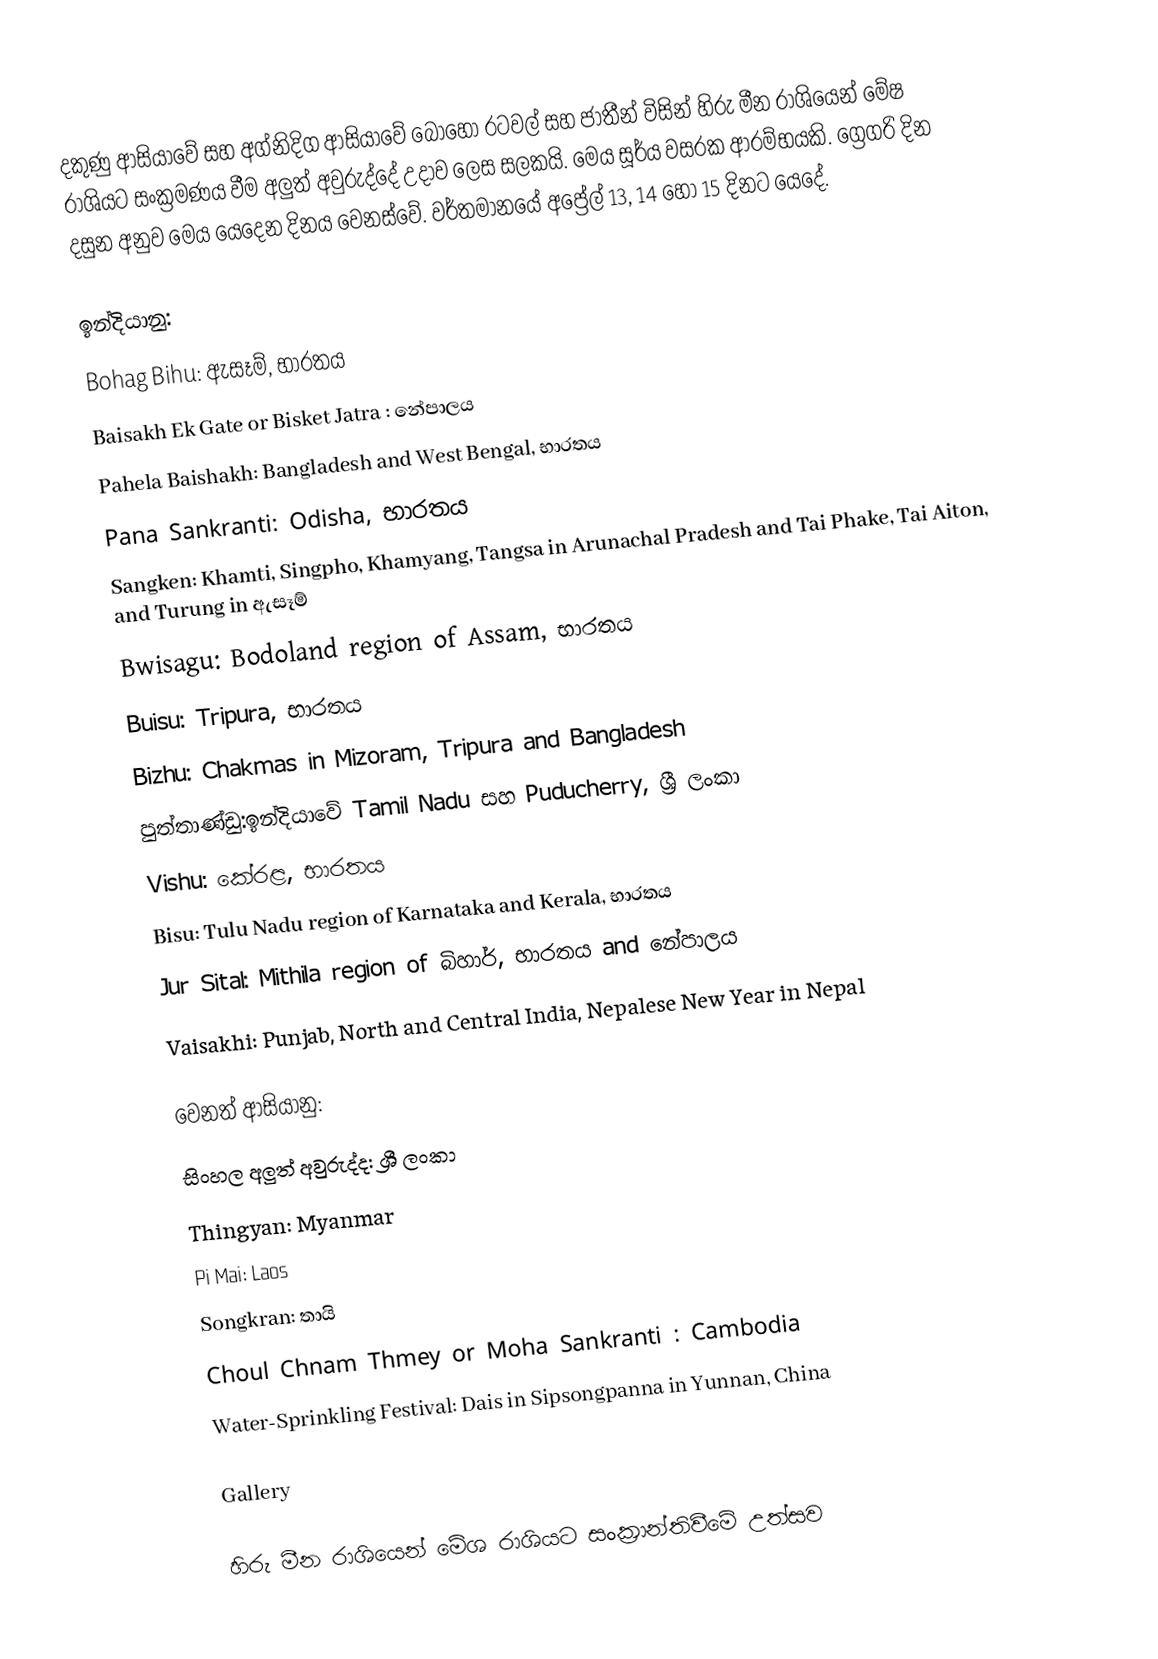
දකුණු ආසියාවේ සහ අග්නිදිග ආසියාවේ බොහෝ රටවල් සහ ජාතීන් විසින් හිරු මීන රාශියෙන් මේෂ රාශියට සංක්‍රමණය වීම අලුත් අවුරුද්දේ උදාව ලෙස සලකයි. මෙය සූර්ය වසරක ආරම්භයකි. ග්‍රෙගරි දින දසුන අනුව මෙය යෙදෙන දිනය වෙනස්වේ. වර්තමානයේ අප්‍රේල් 13, 14 හෝ 15 දිනට යෙදේ.

 ඉන්දියානු:
 Bohag Bihu: ඇසෑම්, භාරතය
 Baisakh Ek Gate or Bisket Jatra : නේපාලය
 Pahela Baishakh: Bangladesh and West Bengal, භාරතය
 Pana Sankranti: Odisha, භාරතය
 Sangken: Khamti, Singpho, Khamyang, Tangsa in Arunachal Pradesh and Tai Phake, Tai Aiton, and Turung in ඇසෑම්
 Bwisagu: Bodoland region of Assam, භාරතය
 Buisu: Tripura, භාරතය
 Bizhu: Chakmas in Mizoram, Tripura and Bangladesh
 පුත්තාණ්ඩු:ඉන්දියාවේ Tamil Nadu සහ Puducherry, ශ්‍රී ලංකා
 Vishu: කේරළ, භාරතය
 Bisu: Tulu Nadu region of Karnataka and Kerala, භාරතය
 Jur Sital: Mithila region of බිහාර්, භාරතය and නේපාලය
 Vaisakhi: Punjab, North and Central India, Nepalese New Year in Nepal

 වෙනත් ආසියානු:
 සිංහල අලුත් අවුරුද්ද: ශ්‍රී ලංකා
 Thingyan: Myanmar
 Pi Mai: Laos
 Songkran: තායි
  Choul Chnam Thmey or Moha Sankranti : Cambodia
 Water-Sprinkling Festival: Dais in Sipsongpanna in Yunnan, China

Gallery

හිරු මීන රාශියෙන් මේශ රාශියට සංක්‍රාන්තිවීමේ උත්සව